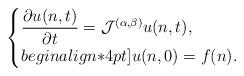
LaTeX: \begin{align*}\begin{cases}\dfrac{\partial u(n,t)}{\partial t}=\mathcal{J}^{(\alpha,\beta)}u(n,t),\\begin{align*}4pt]u(n,0)=f(n).\end{cases}\end{align*}